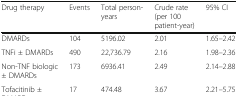
<table><thead><tr><td><b>Drug therapy</b></td><td><b>Events</b></td><td><b>Total person-years</b></td><td><b>Crude rate (per 100 patient-year)</b></td><td><b>95% CI</b></td></tr></thead><tbody><tr><td>DMARDs</td><td>104</td><td>5196.02</td><td>2.01</td><td>1.65–2.42</td></tr><tr><td>TNFi ± DMARDs</td><td>490</td><td>22,736.79</td><td>2.16</td><td>1.98–2.36</td></tr><tr><td>Non-TNF biologic ± DMARDs</td><td>173</td><td>6936.41</td><td>2.49</td><td>2.14–2.88</td></tr><tr><td>Tofacitinib ± DMARDs</td><td>17</td><td>474.48</td><td>3.67</td><td>2.21–5.75</td></tr></tbody></table>